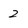
Character: 2